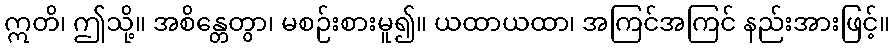
ဣတိ၊ ဤသို့။ အစိန္တေတွာ၊ မစဉ်းစားမူ၍။ ယထာယထာ၊ အကြင်အကြင် နည်းအားဖြင့်။